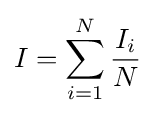
I=\sum _{i=1}^{N}{\frac {I_{i}}{N}}